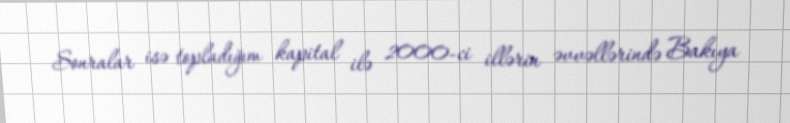
Sonralar isə topladığım kapital ilə 2000-ci illərin əvvəllərində Bakıya